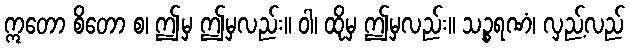
ဣတော စိတော စ၊ ဤမှ ဤမှလည်း။ ဝါ၊ ထိုမှ ဤမှလည်း။ သဉ္စရဏံ၊ လှည့်လည်